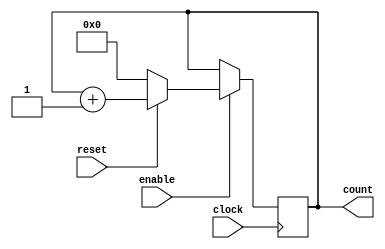
`timescale 1ns / 100ps // unit time is 1ns, resolution 100ps

module counter_16 (
	clock,
	enable,
	count,
	reset
);

	// Declaring Ports
	parameter BIT_SZ = 16;
	input clock;
	input enable;
	input reset;
	output [BIT_SZ-1:0] count;
	
	// count must be reg
	reg [BIT_SZ-1:0] count;
	
	// initialise stored element (count) as zero
	initial count = 0;
	
	always @ (posedge clock)
		if (enable == 1'b1)
			if (!reset)
				count <= 0;
			else
				count <= count + 1'b1;

			
endmodule